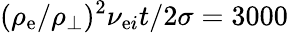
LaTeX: (\rho_{\mathrm{e}}/\rho_{\perp})^{2}\nu_{\mathrm{e}i}t/2\sigma=3000